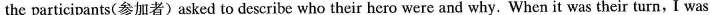
the participants(参加者)asked to describe who their hero were and why. When it was their turn, I was